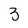
Character: 3